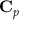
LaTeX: \mathbf { C } _ { p }